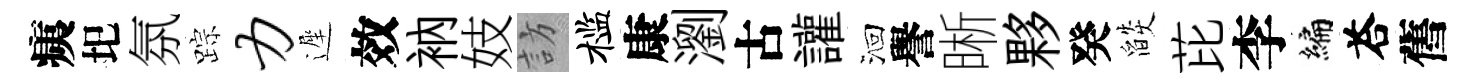
痍圯氛踪力遲效衲妓訪槛康瀏古讙洄譽晰夥癸燄芘李编荅舊